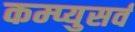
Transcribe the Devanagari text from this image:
कम्प्युसर्व